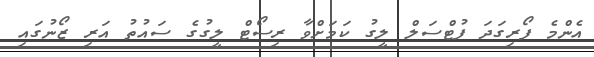
އެންމެ ފޯރިގަދަ ފުޓްސަލް ލީގު ކަމަށްވާ ރިސޯޓް ލީގުގެ ސައުތު އަރި ޒޯނުގައި